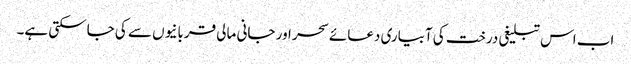
اب اس تبلیغی درخت کی آبیاری دعائے سحر اور جانی مالی قربانیوں سے کی جاسکتی ہے۔